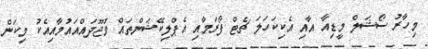
މިހާރު ސޯޝަލް މީޑިއާ އާއި އެކިކަހަލަ ޗެޓް ފޯރަމާއި އެޕްލިކޭޝަންތައް ވުޖޫދައްއައުމާއިއެކު މިކަން